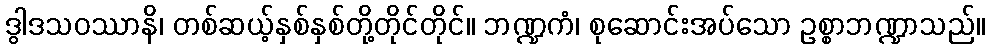
ဒွါဒသဝဿာနိ၊ တစ်ဆယ့်နှစ်နှစ်တို့တိုင်တိုင်။ ဘဏ္ဍကံ၊ စုဆောင်းအပ်သော ဥစ္စာဘဏ္ဍာသည်။